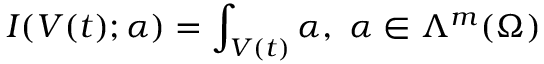
I ( V ( t ) ; \alpha ) = \int _ { V ( t ) } \alpha , \ \alpha \in \Lambda ^ { m } ( \Omega )